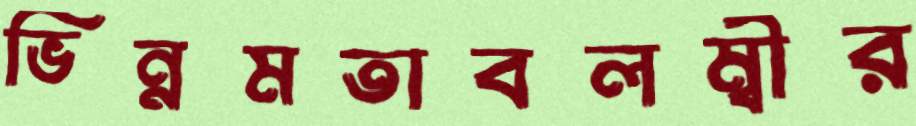
ভিন্নমতাবলম্বীর